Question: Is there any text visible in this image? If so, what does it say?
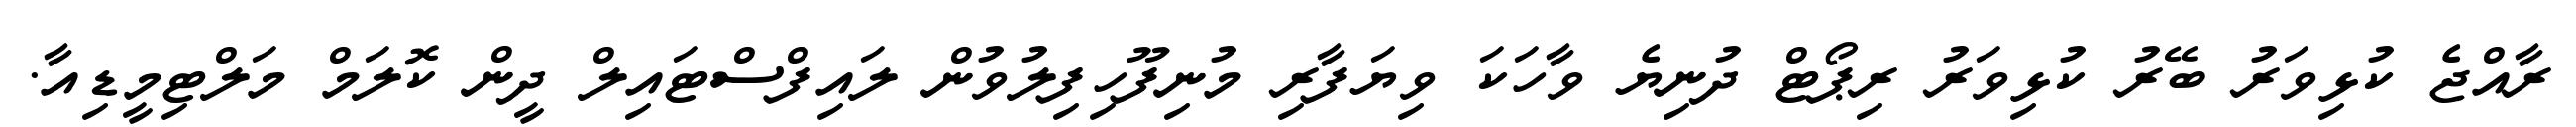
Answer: ރާއްޖެ ކުޅިވަރު ބޭރު ކުޅިވަރު ރިޕޯޓް ދުނިޔެ ވާހަކަ ވިޔަފާރި މުނިފޫހިފިލުވުން ލައިފްސްޓައިލް ދީން ކޮލަމް މަލްޓިމީޑިއާ.